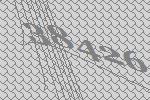
38426